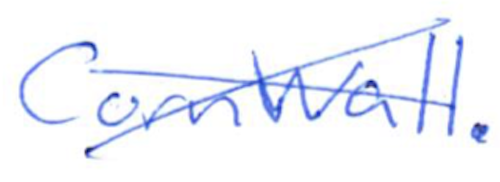
Text: Cornwall.
Cross-out: cross
Writing tool: ballpoint